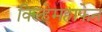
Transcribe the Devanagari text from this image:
विल्हेमहाफेन